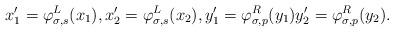
LaTeX: \begin{align*}x'_1 = \varphi_{\sigma, s}^L(x_1), x'_2 = \varphi_{\sigma, s}^L(x_2), y'_1 = \varphi_{\sigma, p}^R(y_1) y'_2 = \varphi_{\sigma, p}^R(y_2).\end{align*}